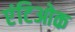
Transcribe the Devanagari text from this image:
एंटिओक